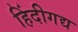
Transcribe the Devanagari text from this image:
हिंदीगद्य